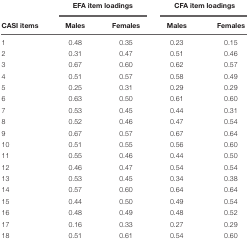
|  | <COLSPAN=2> EFA item loadings | <COLSPAN=2> CFA item loadings |
 | CASI items | Males | Females | Males | Females |
 | --- | --- | --- | --- | --- |
 | 1 | 0.48 | 0.35 | 0.23 | 0.15 |
 | 2 | 0.31 | 0.47 | 0.51 | 0.46 |
 | 3 | 0.67 | 0.60 | 0.62 | 0.57 |
 | 4 | 0.51 | 0.57 | 0.58 | 0.49 |
 | 5 | 0.25 | 0.31 | 0.29 | 0.29 |
 | 6 | 0.63 | 0.50 | 0.61 | 0.60 |
 | 7 | 0.53 | 0.45 | 0.44 | 0.31 |
 | 8 | 0.52 | 0.46 | 0.47 | 0.54 |
 | 9 | 0.67 | 0.57 | 0.67 | 0.64 |
 | 10 | 0.51 | 0.55 | 0.56 | 0.60 |
 | 11 | 0.55 | 0.46 | 0.44 | 0.50 |
 | 12 | 0.46 | 0.47 | 0.54 | 0.54 |
 | 13 | 0.53 | 0.45 | 0.34 | 0.38 |
 | 14 | 0.57 | 0.60 | 0.64 | 0.64 |
 | 15 | 0.44 | 0.50 | 0.49 | 0.54 |
 | 16 | 0.48 | 0.49 | 0.48 | 0.52 |
 | 17 | 0.16 | 0.33 | 0.27 | 0.29 |
 | 18 | 0.51 | 0.61 | 0.54 | 0.60 |